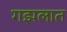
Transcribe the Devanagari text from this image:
गझलात